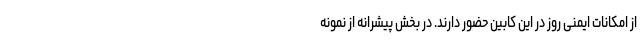
از امکانات ایمنی روز در این کابین حضور دارند. در بخش پیشرانه از نمونه